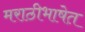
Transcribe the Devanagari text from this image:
मराठीभाषेत